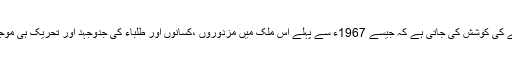
ایسا تاثر دینے کی کوشش کی جاتی ہے کہ جیسے 1967ء سے پہلے اس ملک میں مزدوروں ،کسانوں اور طلباء کی جدوجہد اور تحریک ہی موجود نہیں تھی۔